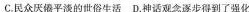
C.民众厌倦平淡的世俗生活D.神话观念逐步得到了强化